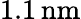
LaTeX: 1.1\, \mathrm{nm}